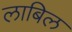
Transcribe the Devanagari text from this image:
लाबिल